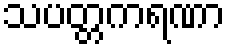
သပတ္တကရဏာ